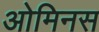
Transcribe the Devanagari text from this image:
ओमिनस